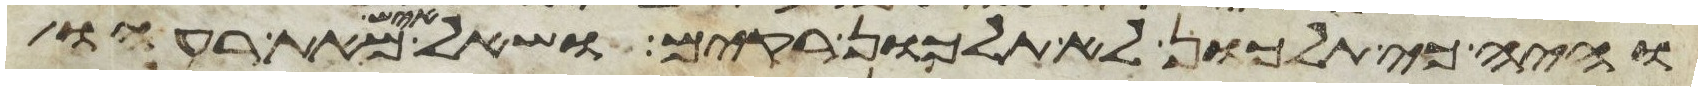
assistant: והיה כי תלכון לא תלכון רקים ושאל איש מאת רעהו